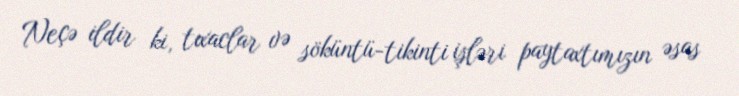
Neçə ildir ki, tıxaclar və söküntü-tikinti işləri paytaxtımızın əsas